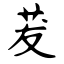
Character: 茇